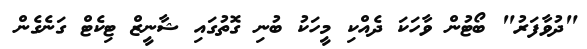
"ދުވާފަރު" ބޯޓުން ވާހަކަ ދެއްކި މީހަކު ބުނި ގޮތުގައި ޝާނީޒް ޓިކެޓް ގަނެގެން